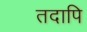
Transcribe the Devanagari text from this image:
तदापि